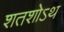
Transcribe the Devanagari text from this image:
शतशोऽथ